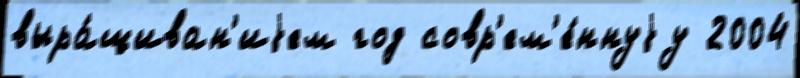
выра́щиван'иjем год совр'ем'е́ннуjу 2004